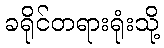
ခရိုင်တရားရုံးသို့